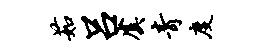
茹吕虞青度